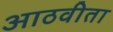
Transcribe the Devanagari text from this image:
आठवीता